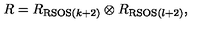
R = R _ { \mathrm { R S O S } ( k + 2 ) } \otimes R _ { \mathrm { R S O S } ( l + 2 ) } ,